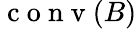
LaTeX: \mathrm{~c~o~n~v~}(B)